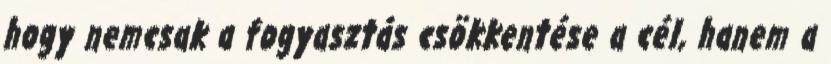
hogy nemcsak a fogyasztás csökkentése a cél, hanem a